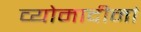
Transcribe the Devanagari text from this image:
व्योमादीनां